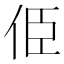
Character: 𠈄